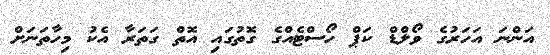
އަންނަ އަހަރުގެ ވޯލްޑް ކަޕް ހޯސްޓެއްގެ ގޮތުގައި އޮތް ގަތަރާ އެކު މިހާތަނަށް